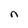
Character: n